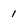
Character: 1